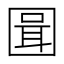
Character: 𭍪